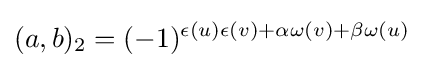
(a,b)_{2}=(-1)^{\epsilon (u)\epsilon (v)+\alpha \omega (v)+\beta \omega (u)}